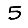
Digit: 5